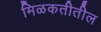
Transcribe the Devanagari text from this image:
मिळकतीतील